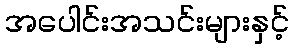
အပေါင်းအသင်းများနှင့်